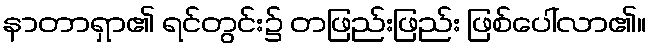
နာတာရှာ၏ ရင်တွင်း၌ တဖြည်းဖြည်း ဖြစ်ပေါ်လာ၏။